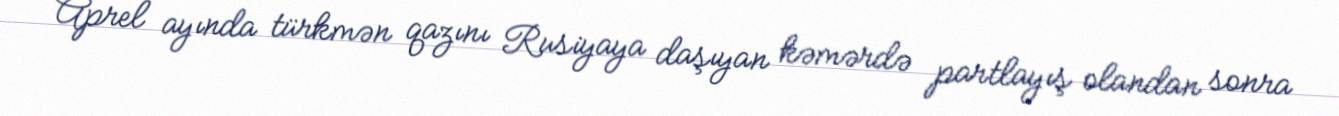
Aprel ayında türkmən qazını Rusiyaya daşıyan kəmərdə partlayış olandan sonra